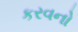
કરવનો